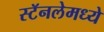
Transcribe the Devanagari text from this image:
स्टॅनलेमध्ये